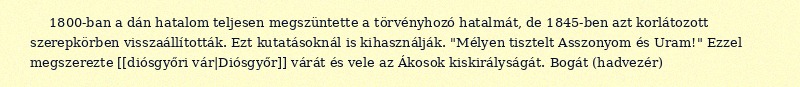
1800-ban a dán hatalom teljesen megszüntette a törvényhozó hatalmát, de 1845-ben azt korlátozott szerepkörben visszaállították. Ezt kutatásoknál is kihasználják. "Mélyen tisztelt Asszonyom és Uram!" Ezzel megszerezte [[diósgyőri vár|Diósgyőr]] várát és vele az Ákosok kiskirályságát. Bogát (hadvezér)